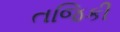
તજિકી